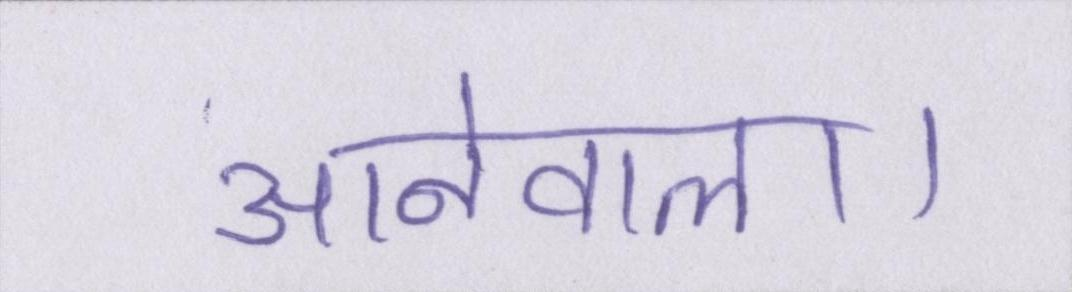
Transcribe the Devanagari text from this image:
आनेवाला।